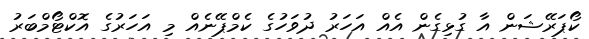
ކޯޕަރޭޝަން އާ ގުޅިގެން އެއް އަހަރު ދުވަހުގެ ކެމްޕޭނެއް މި އަހަރުގެ އޮކްޓޯމްބަރު